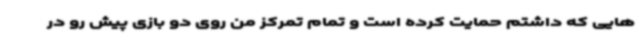
هایی که داشتم حمایت کرده است و تمام تمرکز من روی دو بازی پیش رو در